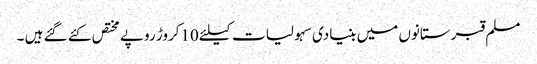
مسلم قبرستانوں میں بنیادی سہولیات کیلئے10کروڑ روپے مختص کئے گئے ہیں ۔